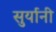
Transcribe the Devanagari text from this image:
सुर्यानी